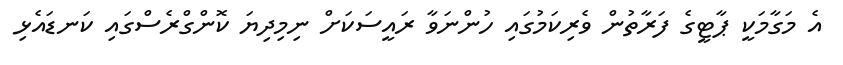
އެ މަގާމަކީ ޕާޓީގެ ފަރާތުން ވެރިކަމުގައި ހުންނަވާ ރައީސަކަށް ނިމިދިޔަ ކޮންގްރެސްގައި ކަނޑައެޅި